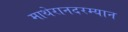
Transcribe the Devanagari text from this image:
माथेरानदरम्यान